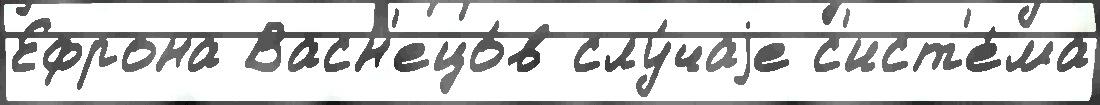
Ефрона Васн'ецо́в слу́чаjе с'ист'е́ма